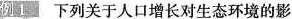
例1 下列关于人口增长对生态环境的影